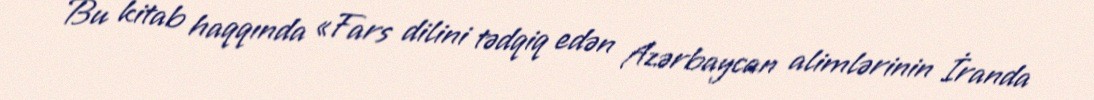
Bu kitab haqqında «Fars dilini tədqiq edən Azərbaycan alimlərinin İranda